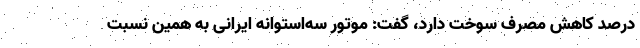
درصد کاهش مصرف سوخت دارد، گفت: موتور سه‌استوانه ایرانی به همین نسبت